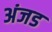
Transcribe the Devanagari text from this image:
अंजड